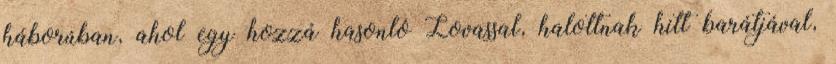
háborúban, ahol egy hozzá hasonló Lovassal, halottnak hitt barátjával,